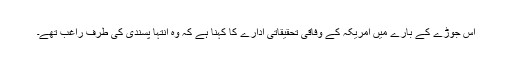
اس جوڑے کے بارے میں امریکہ کے وفاقی تحقیقاتی ادارے کا کہنا ہے کہ وہ انتہا پسندی کی طرف راغب تھے۔